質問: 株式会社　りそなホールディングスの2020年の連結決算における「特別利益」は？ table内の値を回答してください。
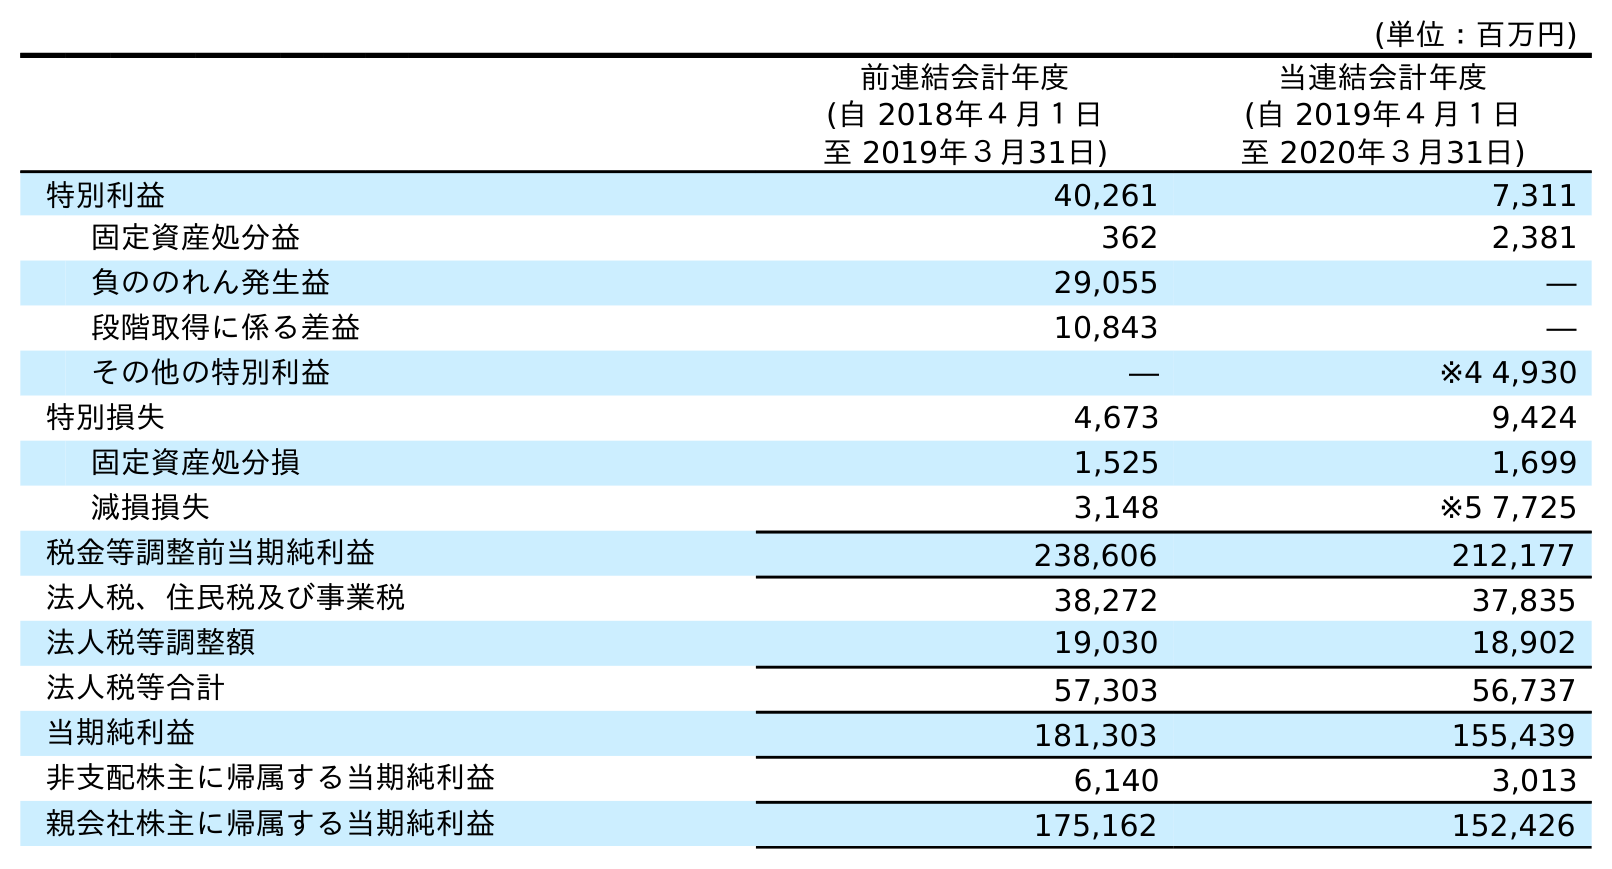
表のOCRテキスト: (単位：百万円) 前連結会計年度 (自 2018年４月１日 至 2019年３月31日) 当連結会計年度 (自 2019年４月１日 至 2020年３月31日) 特別利益 40,261 7,311 固定資産処分益 362 2,381 負ののれん発生益 29,055 ― 段階取得に係る差益 10,843 ― その他の特別利益 ― ※4 4,930 特別損失 4,673 9,424 固定資産処分損 1,525 1,699 減損損失 3,148 ※5 7,725 税金等調整前当期純利益 238,606 212,177 法人税、住民税及び事業税 38,272 37,835 法人税等調整額 19,030 18,902 法人税等合計 57,303 56,737 当期純利益 181,303 155,439 非支配株主に帰属する当期純利益 6,140 3,013 親会社株主に帰属する当期純利益 175,162 152,426
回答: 7,311